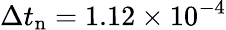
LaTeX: \Delta t_{\mathrm{n}}=1.12\times 10^{-4}